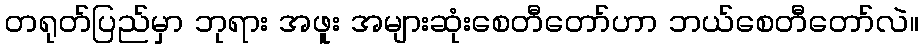
တရုတ်ပြည်မှာ ဘုရား အဖူး အများဆုံးစေတီတော်ဟာ ဘယ်စေတီတော်လဲ။